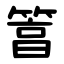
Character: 䈞